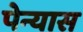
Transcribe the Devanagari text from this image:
पेन्यास